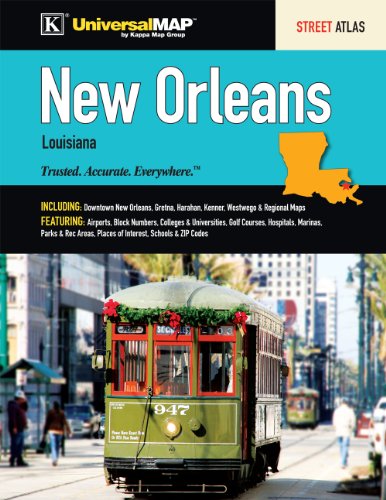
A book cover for New Orleans Atlas; Universal Map Group; Travel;